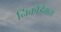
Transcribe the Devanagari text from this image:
निकोडेमस